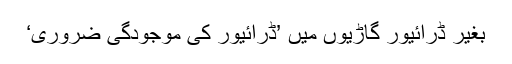
بغیر ڈرائیور گاڑیوں میں ’ڈرائیور کی موجودگی ضروری‘